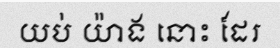
យប់ យ៉ាង នោះ ដែរ